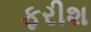
ફરીશ